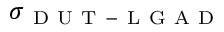
\sigma _ { \mathrm { ~ D ~ U ~ T ~ - ~ L ~ G ~ A ~ D ~ } }